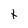
Character: t